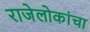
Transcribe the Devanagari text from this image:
राजेलोकांचा